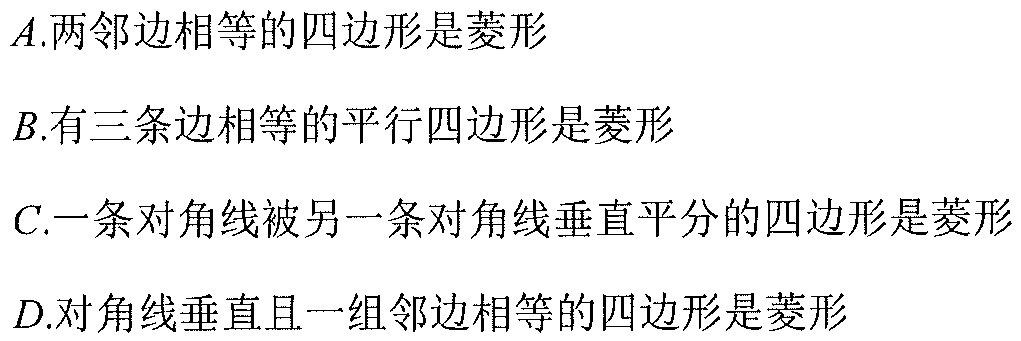
\(A.\)两邻边相等的四边形是菱形
\(B.\)有三条边相等的平行四边形是菱形
\(C.\)一条对角线被另一条对角线垂直平分的四边形是菱形
\(D.\)对角线垂直且一组邻边相等的四边形是菱形